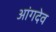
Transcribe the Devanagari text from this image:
आंगदेव